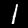
Digit: 1